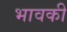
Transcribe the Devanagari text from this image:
भावकी